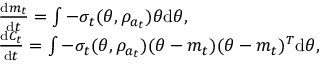
\begin{array} { r l } & { \frac { \mathrm { d } m _ { t } } { \mathrm { d } t } = \int - \sigma _ { t } ( \theta , \rho _ { a _ { t } } ) \theta \mathrm { d } \theta , } \\ & { \frac { \mathrm { d } C _ { t } } { \mathrm { d } t } = \int - \sigma _ { t } ( \theta , \rho _ { a _ { t } } ) ( \theta - m _ { t } ) ( \theta - m _ { t } ) ^ { T } \mathrm { d } \theta , } \end{array}